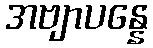
အဗျာပန္နေ